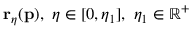
\mathbf { r } _ { \eta } ( \mathbf { p } ) , \ \eta \in [ 0 , \eta _ { 1 } ] , \ \eta _ { 1 } \in \mathbb { R } ^ { + }